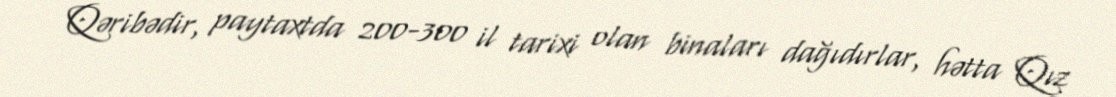
Qəribədir, paytaxtda 200-300 il tarixi olan binaları dağıdırlar, hətta Qız